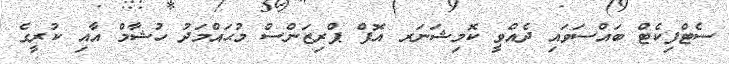
ސެޓްފިކެޓް ބައްސަވައި ދެއްވީ ކޮމިޝަނަރ އޮފް ޕްރިޒަންސް މުޙައްމަދު ހުޝާމް އާއި ކުރީގެ